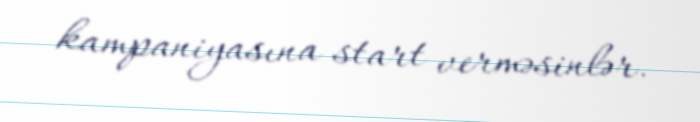
kampaniyasına start verməsinlər.